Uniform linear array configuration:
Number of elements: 24
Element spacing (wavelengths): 1
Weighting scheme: cosine
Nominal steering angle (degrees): -60
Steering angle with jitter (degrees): -61.775
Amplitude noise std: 0.05
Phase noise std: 0.05

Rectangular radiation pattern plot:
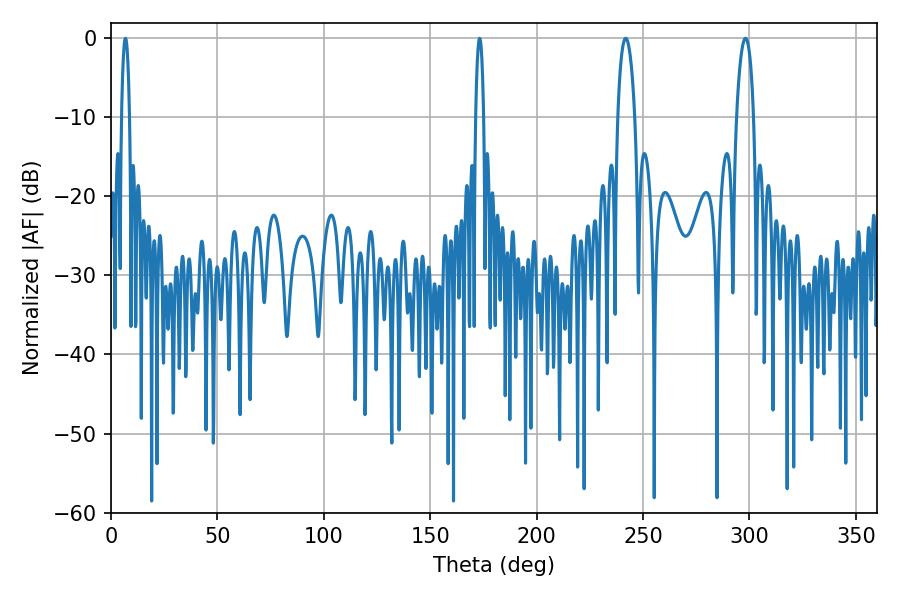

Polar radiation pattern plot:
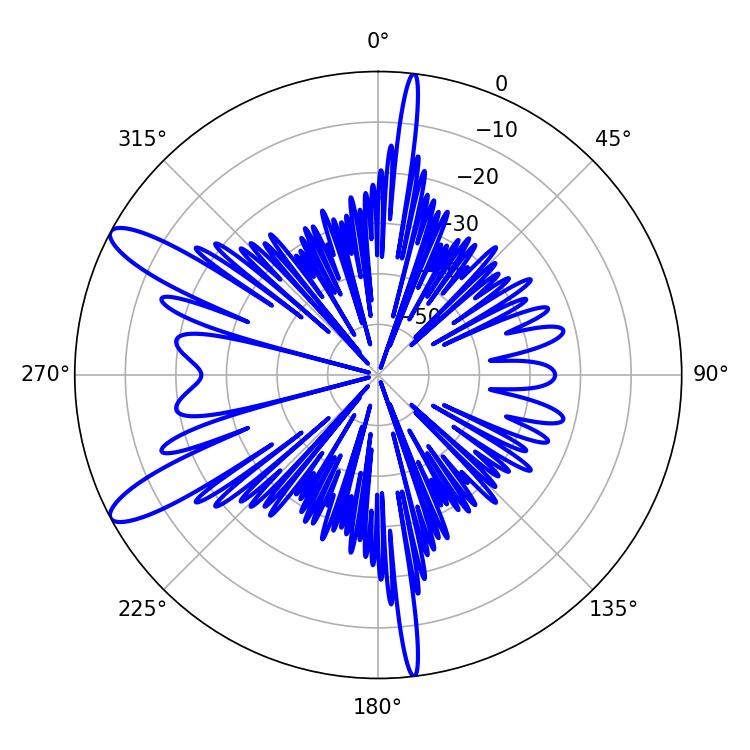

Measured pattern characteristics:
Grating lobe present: TRUE
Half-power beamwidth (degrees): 4.5
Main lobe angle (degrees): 298.08